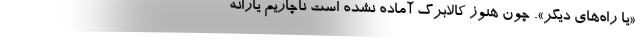
«یا راه‌های دیگر». چون هنوز کالابرگ آماده نشده است ناچاریم یارانه